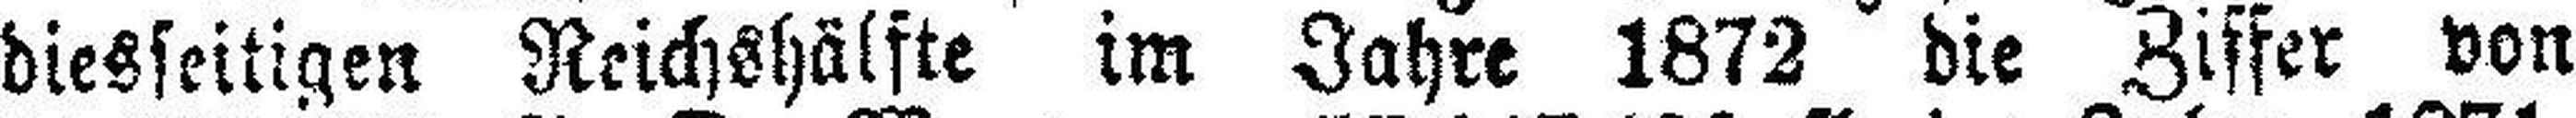
diesseitigen Reichshälfte im Jahre 1872 die Ziffer von